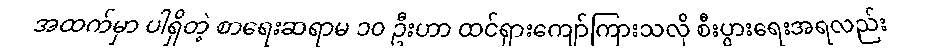
အထက်မှာ ပါရှိတဲ့ စာရေးဆရာမ ၁၀ ဦးဟာ ထင်ရှားကျော်ကြားသလို စီးပွားရေးအရလည်း